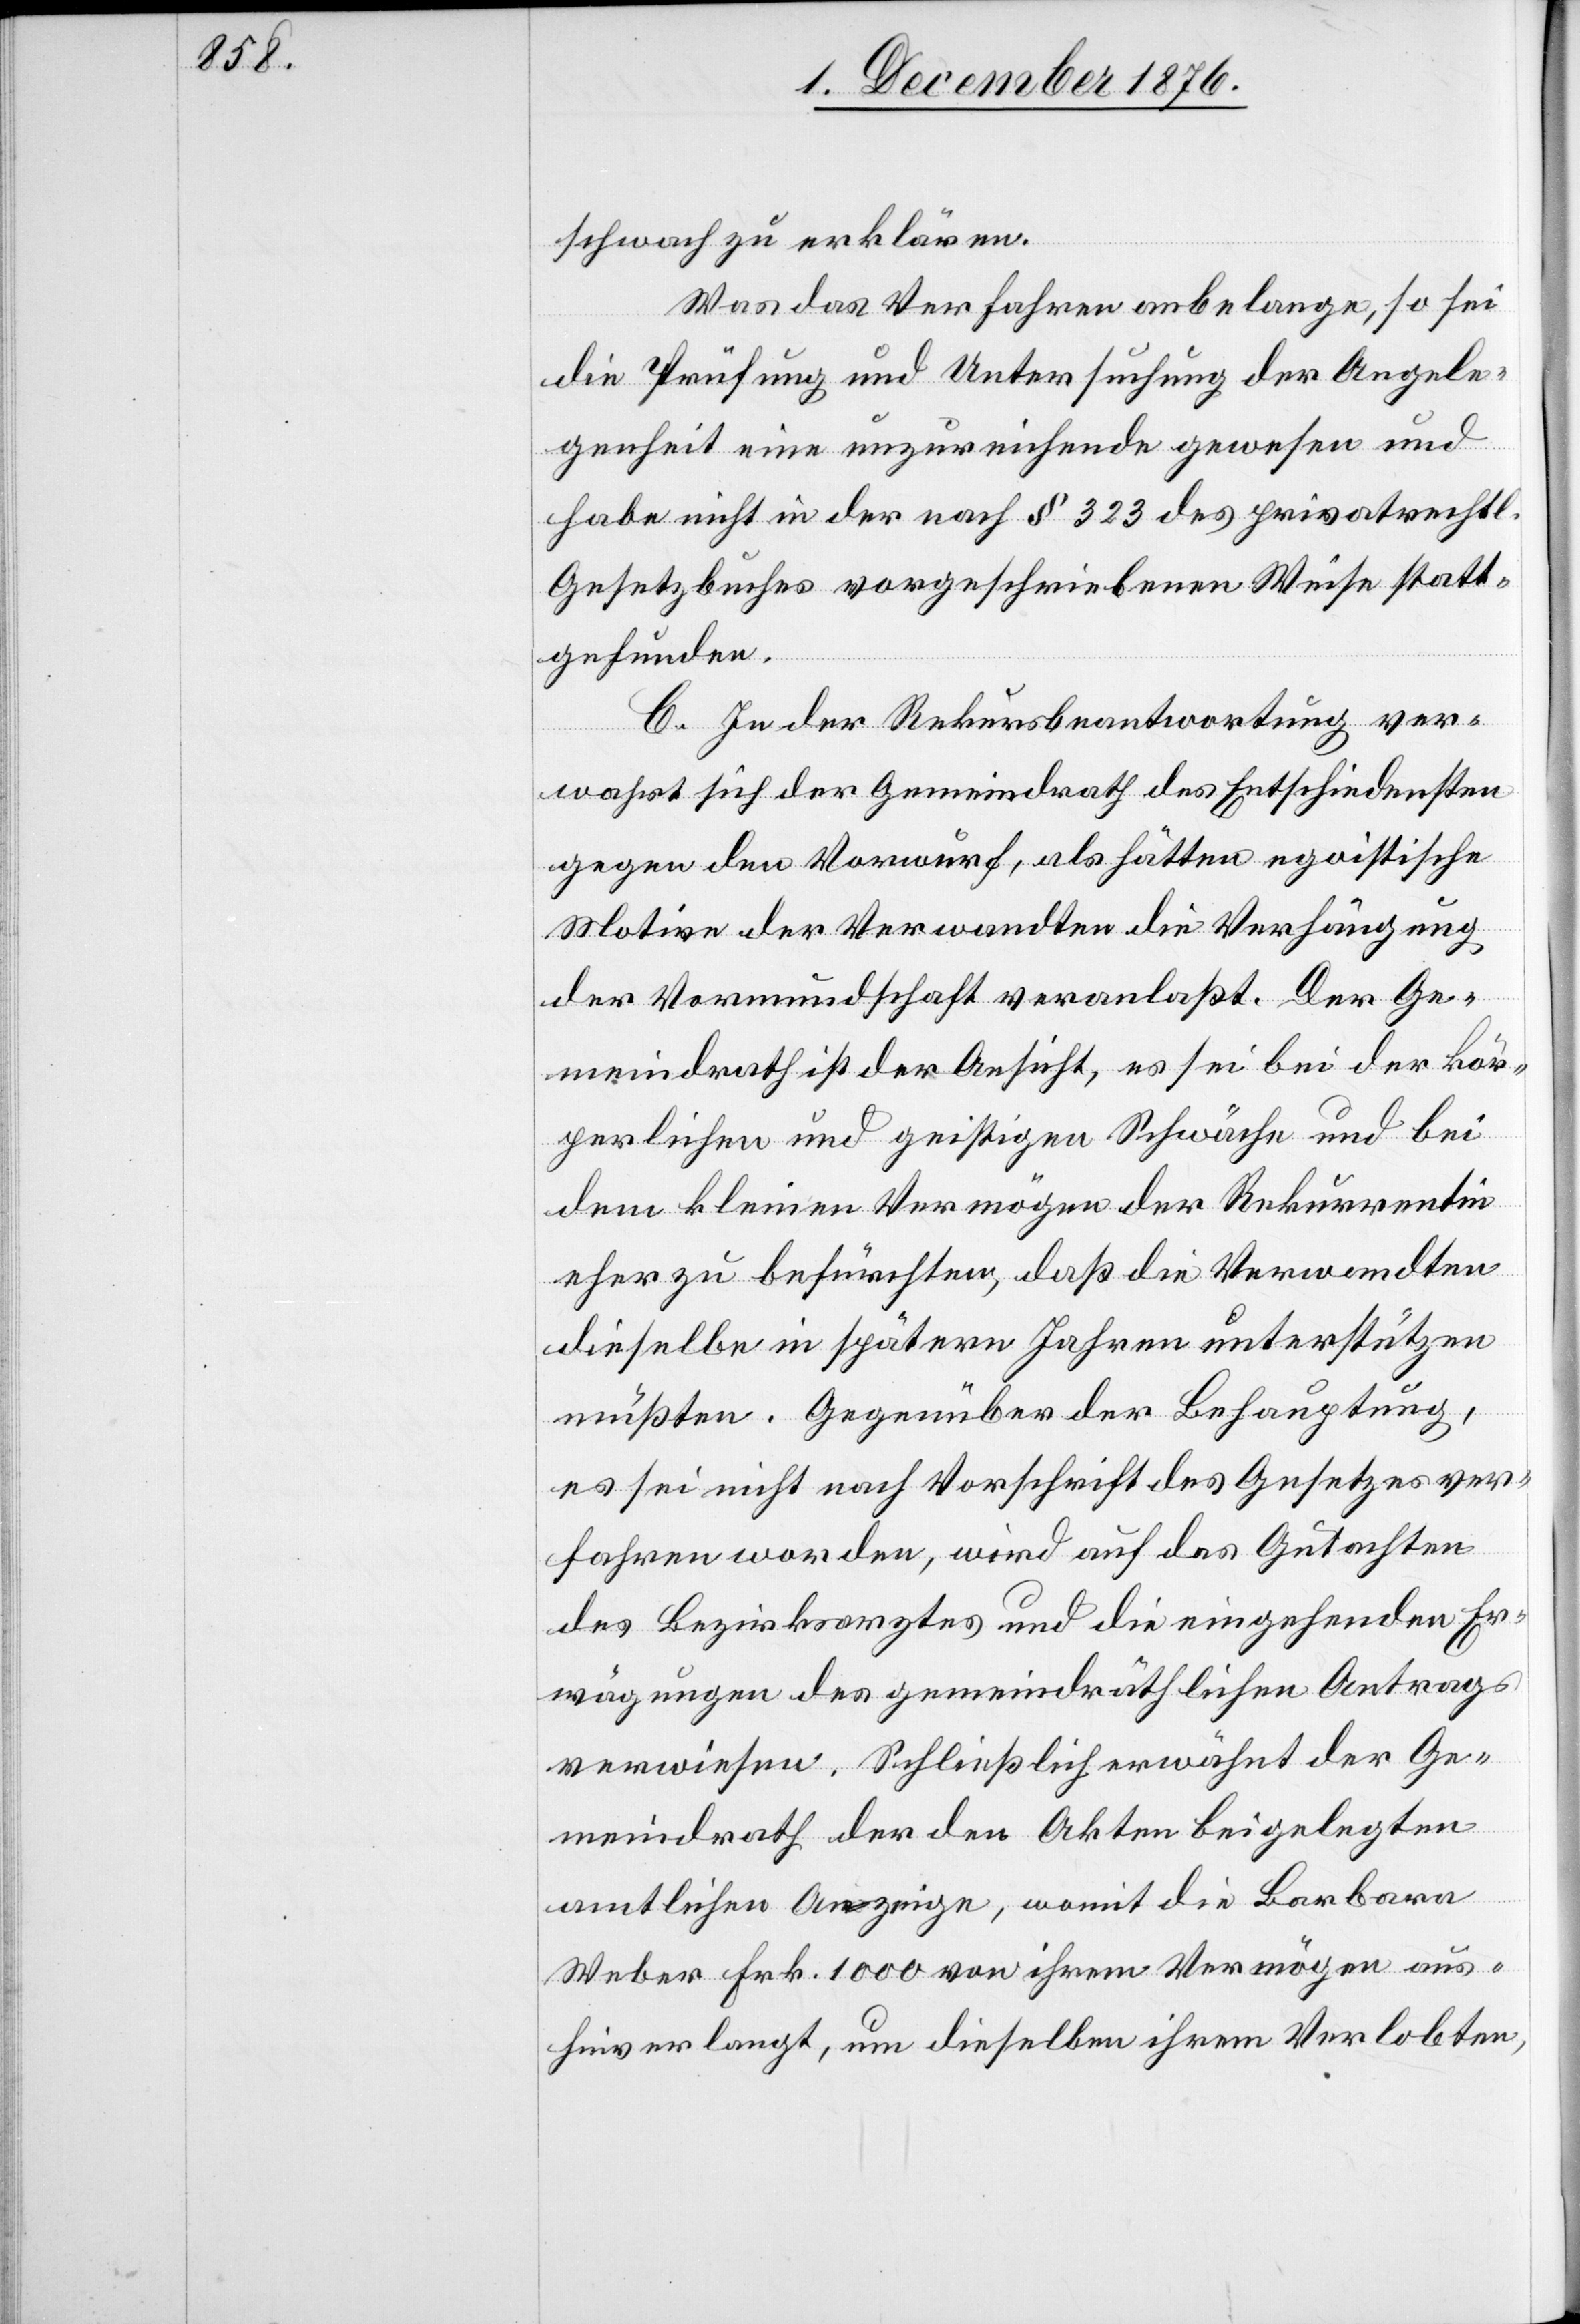
schwach zu erklären.
Was das Verfahren anbelange, so sei
die Prüfung und Untersuchung der Angele¬
genheit eine unzureichende gewesen und
habe nicht in der nach § 323 des privatrechtl.
Gesetzbuches vorgeschriebenen Weise statt¬
gefunden.
C. In der Rekursbeantwortung ver¬
wahrt sich der Gemeindrath des Entschiedensten
gegen den Vorwurf, als hätten egoistische
Motive der Verwandten die Verhängung
der Vormundschaft veranlaßt. Der Ge¬
meindrath ist der Ansicht, es sei bei der kör¬
perlichen und geistigen Schwäche und bei
dem kleinen Vermögen der Rekurrentin
eher zu befürchten, daß die Verwandten
dieselbe in spätern Jahren unterstützen
müßten. Gegenüber der Behauptung,
es sei nicht nach Vorschrift des Gesetzes ver¬
fahren worden, wird auf das Gutachten
des Bezirksrathes und die eingehenden Er¬
wägungen des gemeindräthlichen Antrags
verwiesen. Schließlich erwähnt der Ge¬
meindrath der den Akten beigelegten
amtlichen Anzeige, womit die Barbara
Weber Frk. 1000 von ihrem Vermögen aus¬
hinverlangt, um dieselben ihrem Verlobten,